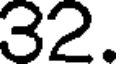
32.